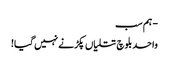
- ہم سب
واحد بلوچ تتلیاں پکڑنے نہیں گیا!